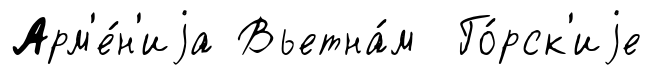
Арм'е́н'иjа Вьетна́м Го́рск'иjе